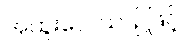
အထူးလေယာဉ်ဖြင့်